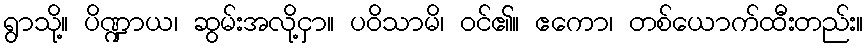
ရွာသို့။ ပိဏ္ဍာယ၊ ဆွမ်းအလို့ငှာ။ ပဝိသာမိ၊ ဝင်၏။ ဧကော၊ တစ်ယောက်ထီးတည်း။